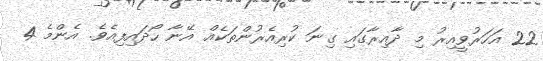
22 އަހަރުވީއިރު މި ދާއިރާގައި ގިނަ ކުރިއެރުންތަކެއް އޭނާ ހޯދައިފިއެވެ. އެންމެ 4